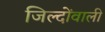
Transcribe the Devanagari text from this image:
जिल्दोंवाली